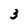
Character: 3